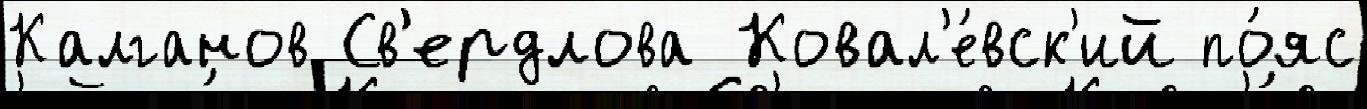
Калганов Св'ердлова Ковал'е́вск'ий по́яс